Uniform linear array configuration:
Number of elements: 16
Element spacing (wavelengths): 0.5
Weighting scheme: hann
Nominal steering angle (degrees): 0
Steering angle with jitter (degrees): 0.3487
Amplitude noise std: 0.05
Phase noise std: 0.05

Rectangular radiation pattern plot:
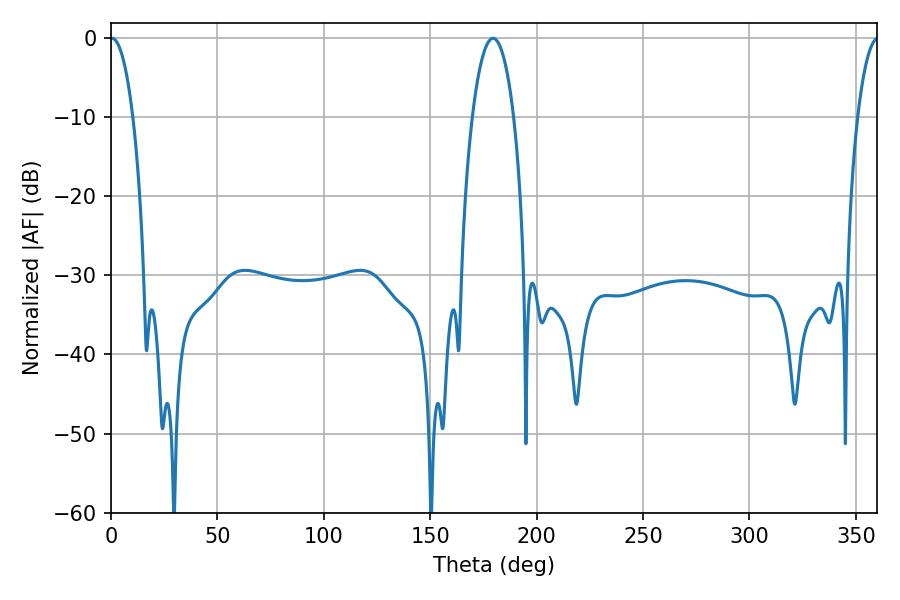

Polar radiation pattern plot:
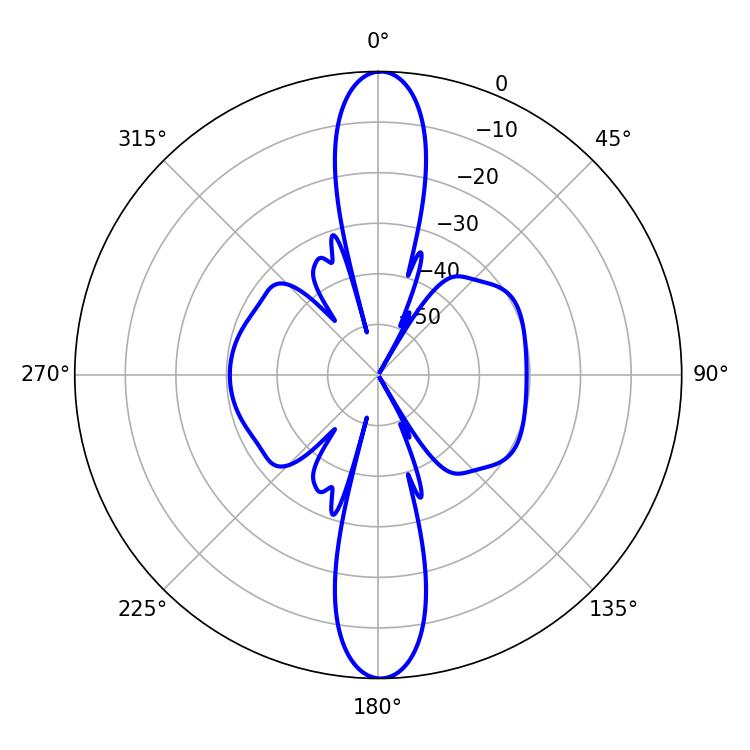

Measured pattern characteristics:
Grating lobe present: FALSE
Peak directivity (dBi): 26.97
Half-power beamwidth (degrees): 5.94
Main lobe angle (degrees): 0.54